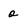
Character: o